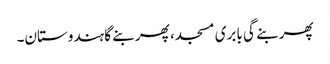
پھر بنے گی بابری مسجد، پھر بنے گا ہندوستان۔